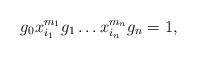
LaTeX: \begin{align*} g_{0}x_{i_{1}}^{m_{1}}g_{1} \dots x_{i_{n}}^{m_{n}}g_{n} = 1,\end{align*}